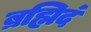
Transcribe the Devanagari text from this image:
ब्रह्मिदं